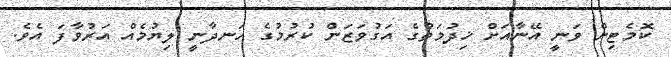
ކޮމެޓިން ވަނީ އޭނާއަށް ޚިދުމަތުގެ އަގުވަޒަން ކުރުމުގެ ހަނދާނީ ލިޔުމެއް އަރުވާފަ އެވެ.